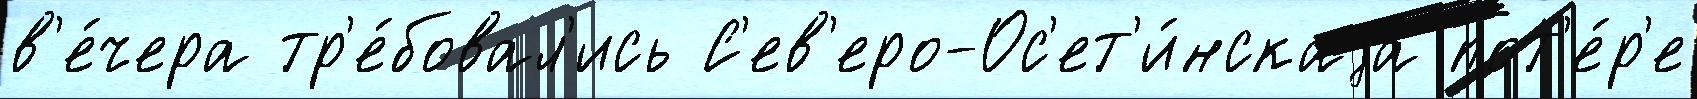
в'е́чера тр'е́бовал'ись С'ев'еро-Ос'ет'и́нскаjа пот'е́р'е